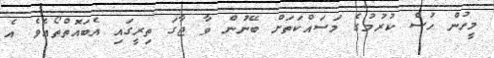
މީހުން ހުސް ކުރުމުގެ މަސައްކަތަށް ބޭނުން ވާ ޖާގަ ތިރީގައި އެބައޮތްތޯއެވެ އެ